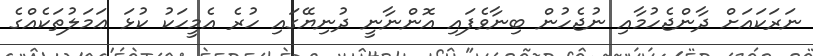
ނަރަކައަށް ދާންޖެހުމާއި ނުޖެހުން ބިނާވެފައި އޮންނާނީ ދުނިޔޭގައި ހުރެ އެމީހަކު ކުޅަ ޢަމަލުތަކެއްގެ